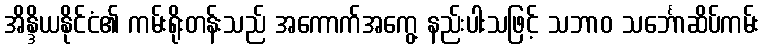
အိန္ဒိယနိုင်ငံ၏ ကမ်းရိုးတန်းသည် အကောက်အကွေ့ နည်းပါးသဖြင့် သဘာဝ သင်္ဘောဆိပ်ကမ်း